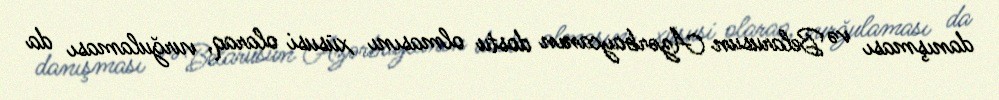
danışması və Belarusun Azərbaycanın dostu olmasını xüsusi olaraq, vurğulaması da